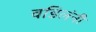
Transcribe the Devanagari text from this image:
वडिलंनी